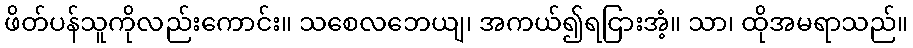
ဖိတ်ပန်သူကိုလည်းကောင်း။ သစေလဘေယျ၊ အကယ်၍ရငြားအံ့။ သာ၊ ထိုအမရာသည်။